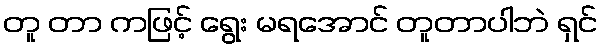
တူ တာ ကဖြင့် ရွေး မရအောင် တူတာပါဘဲ ရှင်